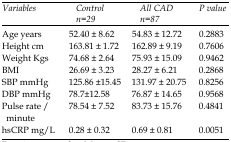
<table><thead><tr><td><b><i>Variables</i></b></td><td><b><i>Control</i><i>n=29</i></b></td><td><b><i>All CAD</i><i>n=87</i></b></td><td><b><i>P value</i></b></td></tr></thead><tbody><tr><td>Age years</td><td>52.40 ± 8.62</td><td>54.83 ± 12.72</td><td>0.2883</td></tr><tr><td>Height cm</td><td>163.81 ± 1.72</td><td>162.89 ± 9.19</td><td>0.7606</td></tr><tr><td>Weight Kgs</td><td>74.68 ± 2.64</td><td>75.93 ± 15.09</td><td>0.9462</td></tr><tr><td>BMI</td><td>26.69 ± 3.23</td><td>28.27 ± 6.21</td><td>0.2868</td></tr><tr><td>SBP mmHg</td><td>125.86 ±15.45</td><td>131.97 ± 20.75</td><td>0.8256</td></tr><tr><td>DBP mmHg</td><td>78.7±12.58</td><td>76.87 ± 14.65</td><td>0.9568</td></tr><tr><td>Pulse rate /minute</td><td>78.54 ± 7.52</td><td>83.73 ± 15.76</td><td>0.4841</td></tr><tr><td>hsCRP mg/L</td><td>0.28 ± 0.32</td><td>0.69 ± 0.81</td><td>0.0051</td></tr></tbody></table>